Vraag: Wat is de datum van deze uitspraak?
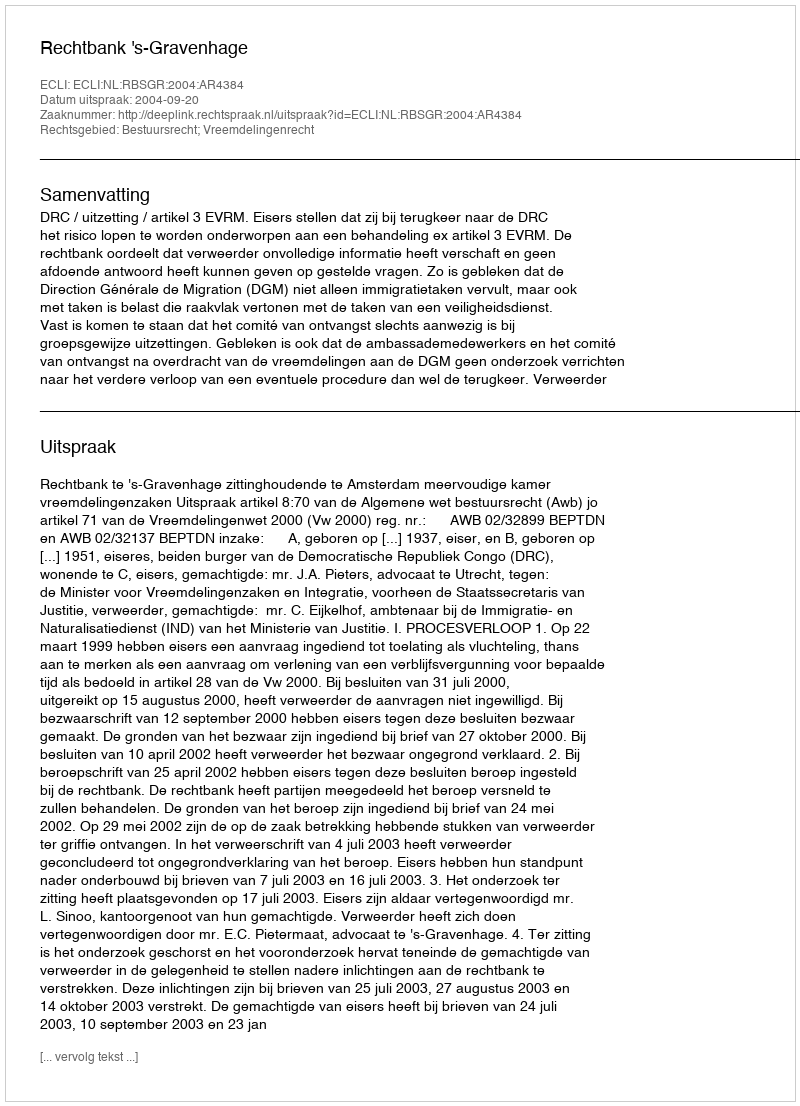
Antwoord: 2004-09-20